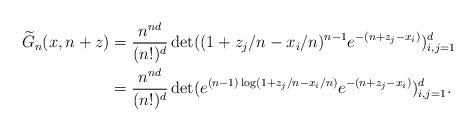
LaTeX: \begin{align*}\widetilde{G}_n(x, n +z) & = \frac{n^{nd}}{(n!)^d}\det((1 + z_j/n - x_i/n)^{n-1} e^{-(n + z_j - x_i)})_{i, j= 1}^d \\ & = \frac{n^{nd}}{(n!)^d}\det(e^{(n-1)\log (1+z_j/n - x_i/n)} e^{-(n + z_j - x_i)})_{i, j= 1}^d. \end{align*}